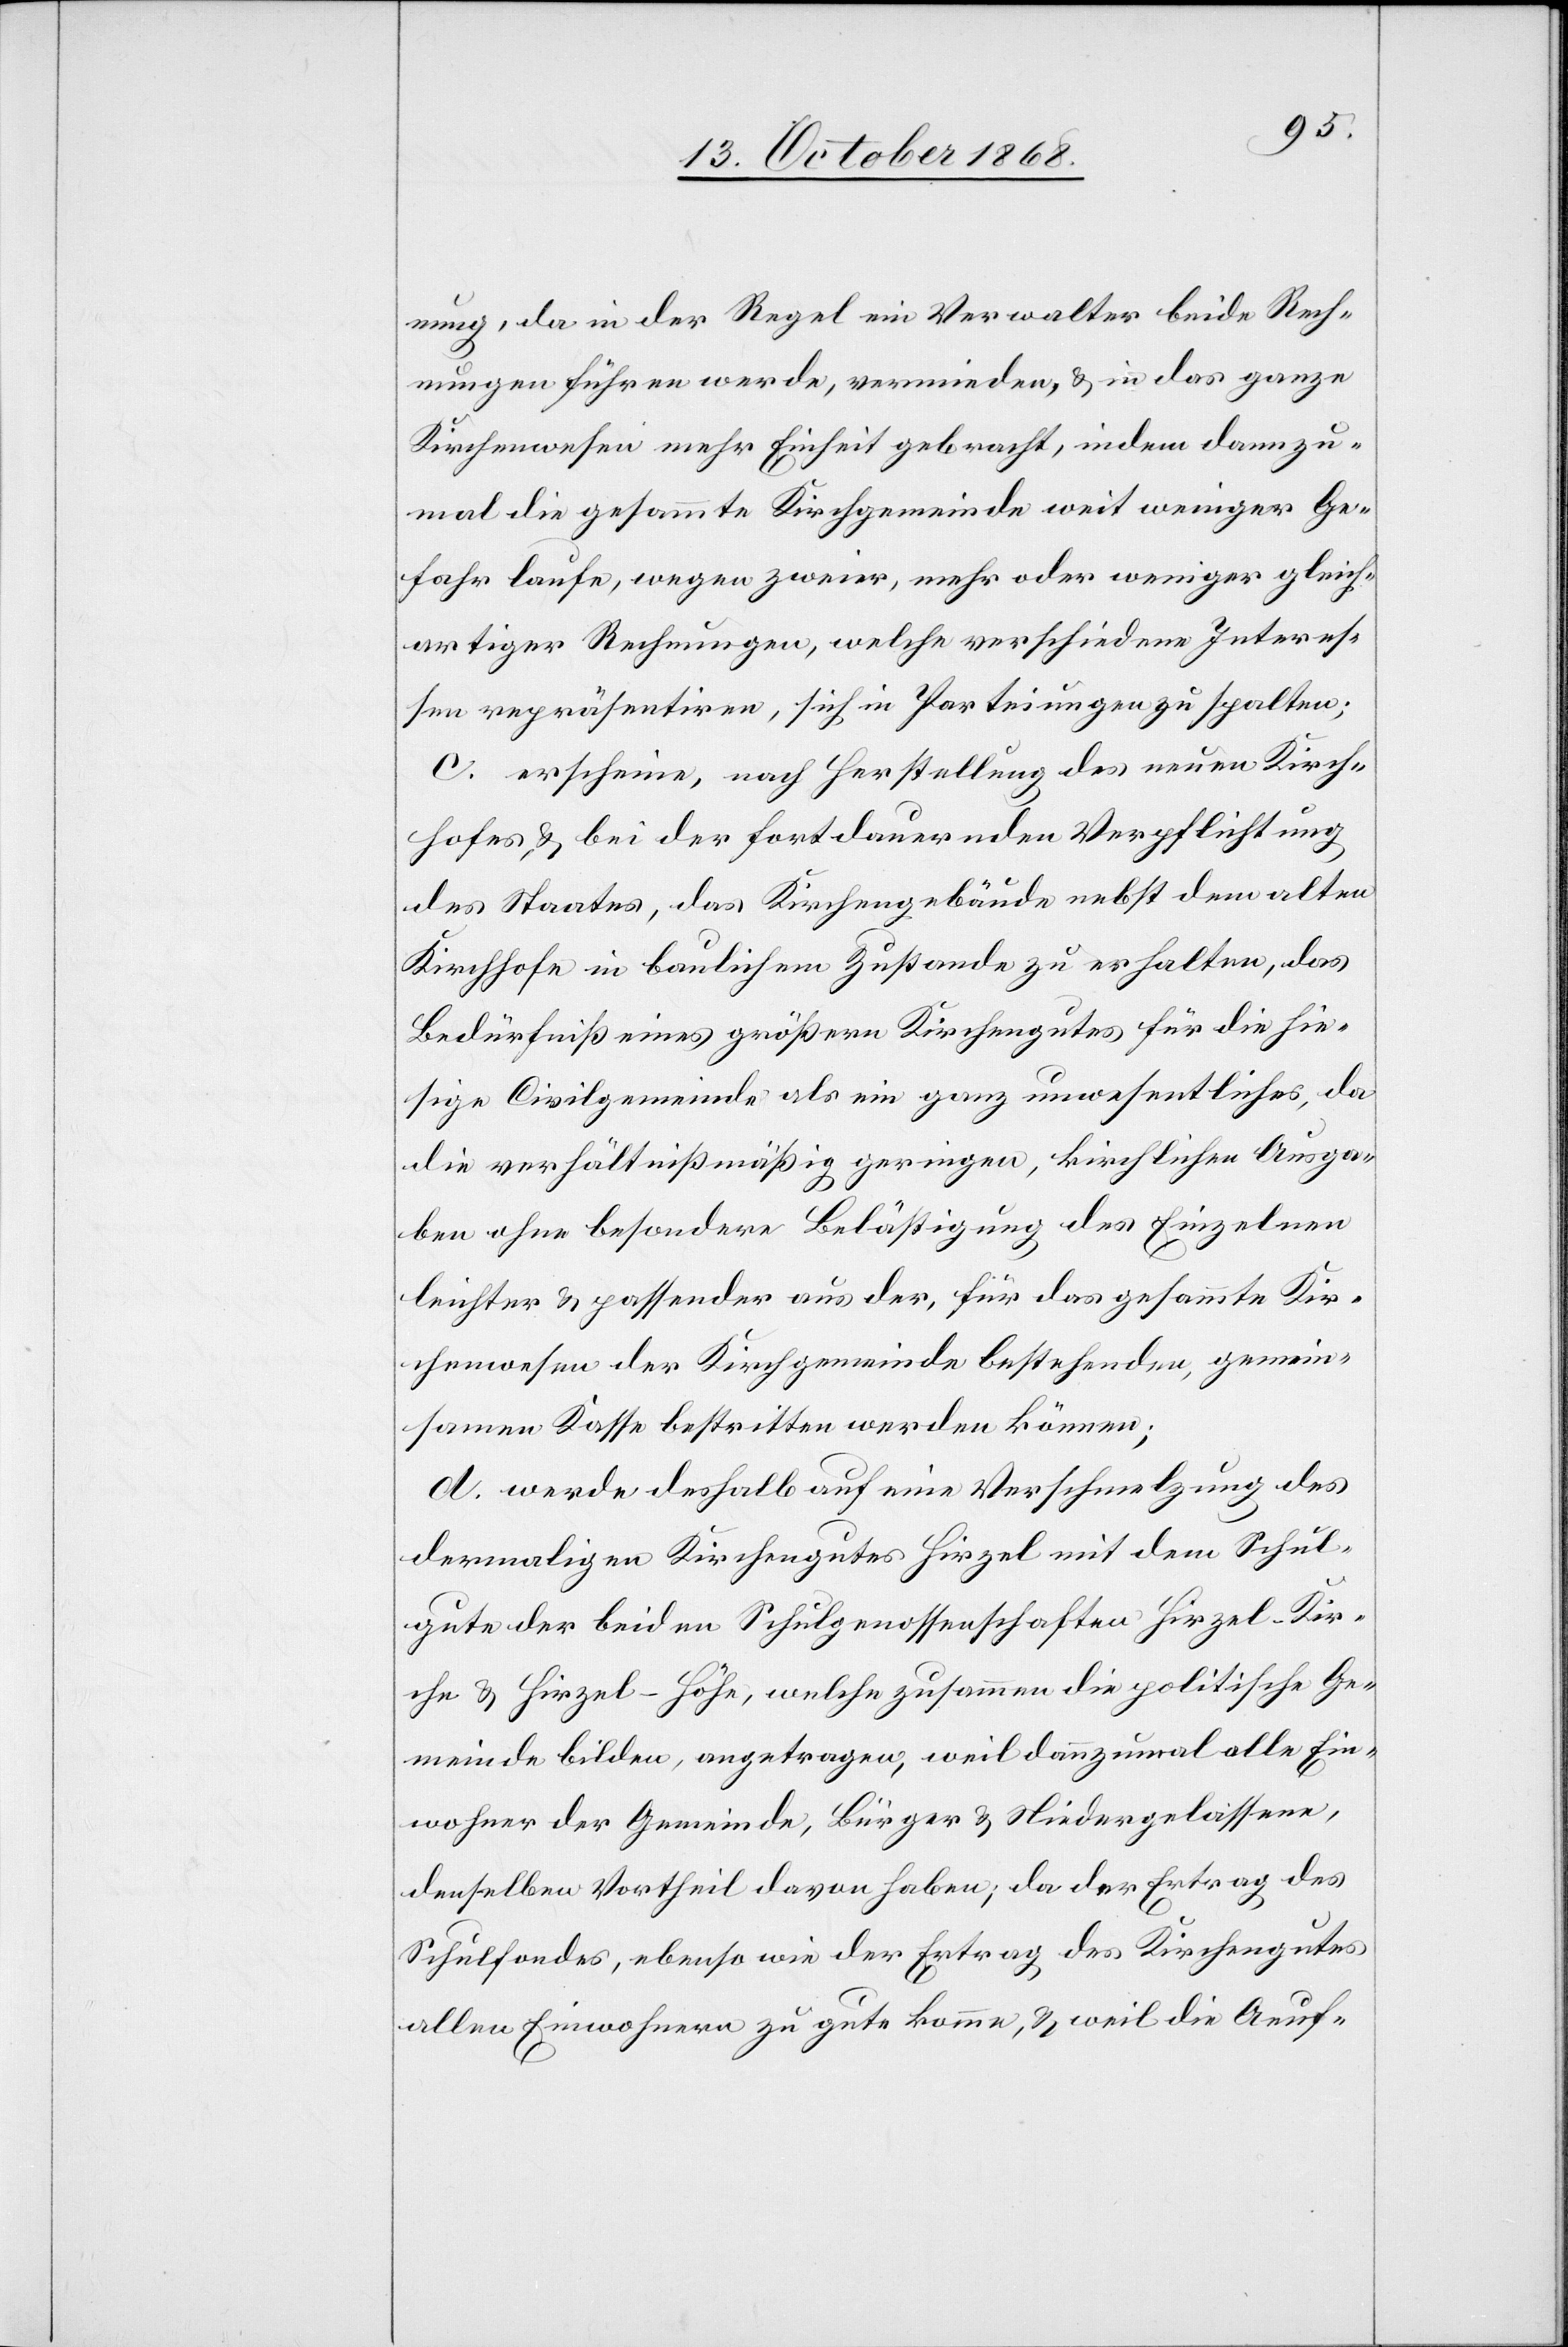
nung, da in der Regel ein Verwalter beide Rech¬
nungen führen werde, vermieden, & in das ganze
Kirchenwesen mehr Einheit gebracht, indem dannzu¬
mal die gesammte Kirchgemeinde weit weniger Ge¬
fahr laufe, wegen zweier, mehr oder weniger gleich¬
artiger Rechnungen, welche verschiedene Interes¬
sen repräsentiren, sich in Parteiungen zu spalten;
c. erscheine, nach Herstellung des neuen Kirch¬
hofes, & bei der fortdauernden Verpflichtung
des Staates, das Kirchengebäude nebst dem alten
Kirchhofe in baulichem Zustande zu erhalten, das
Bedürfniß eines größern Kirchengutes für die hie¬
sige Civilgemeinde als ein ganz unwesentliches, da
die verhältnißmäßig geringen, kirchlichen Ausga¬
ben ohne besondere Belästigung des Einzelnen
leichter & passender aus der, für das gesammte Kir¬
chenwesen der Kirchgemeinde bestehenden, gemein¬
samen Kasse bestritten werden können;
d. werde deshalb auf eine Verschmelzung des
dermaligen Kirchengutes Hirzel mit dem Schul¬
gute der beiden Schulgenossenschaften Hirzel-Kir¬
che & Hirzel-Höhe, welche zusammen die politische Ge¬
meinde bilden, angetragen, weil dannzumal alle Ein¬
wohner der Gemeinde, Bürger & Niedergelassene,
denselben Vortheil davon haben; da der Ertrag des
Schulfondes, ebenso wie der Ertrag des Kirchengutes
allen Einwohnern zu gute komme, & weil die Aeuf-